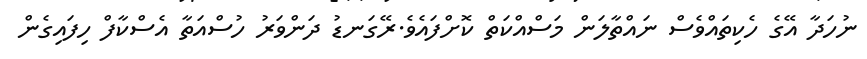
ނުހަދާ އޭގެ ހެކިތައްވެސް ނައްތާލަން މަސްއްކަތް ކޮށްފައެވެ.ރޭގަނޑު ދަންވަރު ހުސްއަތާ އެސްކާފް ހިފައިގެން